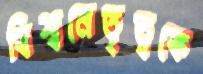
বিশ্বনেতৃত্বকে